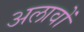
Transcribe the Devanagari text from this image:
अलावों